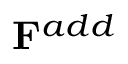
\mathbf { F } ^ { a d d }